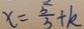
x = \frac { 5 } { 3 } + k